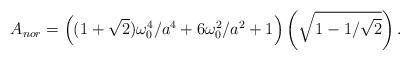
LaTeX: \begin{align*}A_{nor} = \left((1+\sqrt{2}) \omega_0^4/a^4 + 6 \omega_0^2/a^2 + 1 \right) \left( \sqrt{ 1 - 1/\sqrt{2} } \right) .\end{align*}